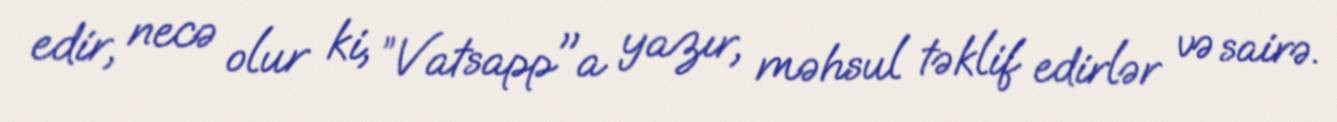
edir, necə olur ki, ”Vatsapp"a yazır, məhsul təklif edirlər və sairə.